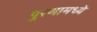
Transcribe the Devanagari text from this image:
पुरणामध्ये